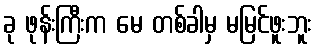
ခု ဖုန်းကြီးက မေ တစ်ခါမှ မမြင်ဖူးဘူး